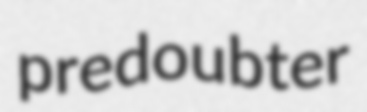
predoubter